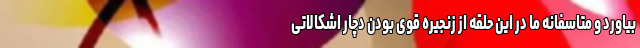
بیاورد و متاسفانه ما در این حلقه از زنجیره قوی بودن دچار اشکالاتی